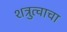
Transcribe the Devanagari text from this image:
शत्रुत्वाचा